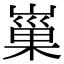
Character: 𡻝